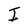
Character: I